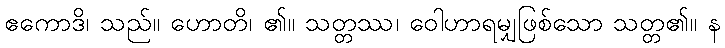
ဧကောဒိ၊ သည်။ ဟောတိ၊ ၏။ သတ္တဿ၊ ဝေါဟာရမျှဖြစ်သော သတ္တ၏။ န